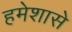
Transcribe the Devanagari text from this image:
हमेशासे